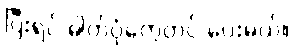
ပြီးရင် ဓါတ်ပုံတွေတင် ပေးမယ်။